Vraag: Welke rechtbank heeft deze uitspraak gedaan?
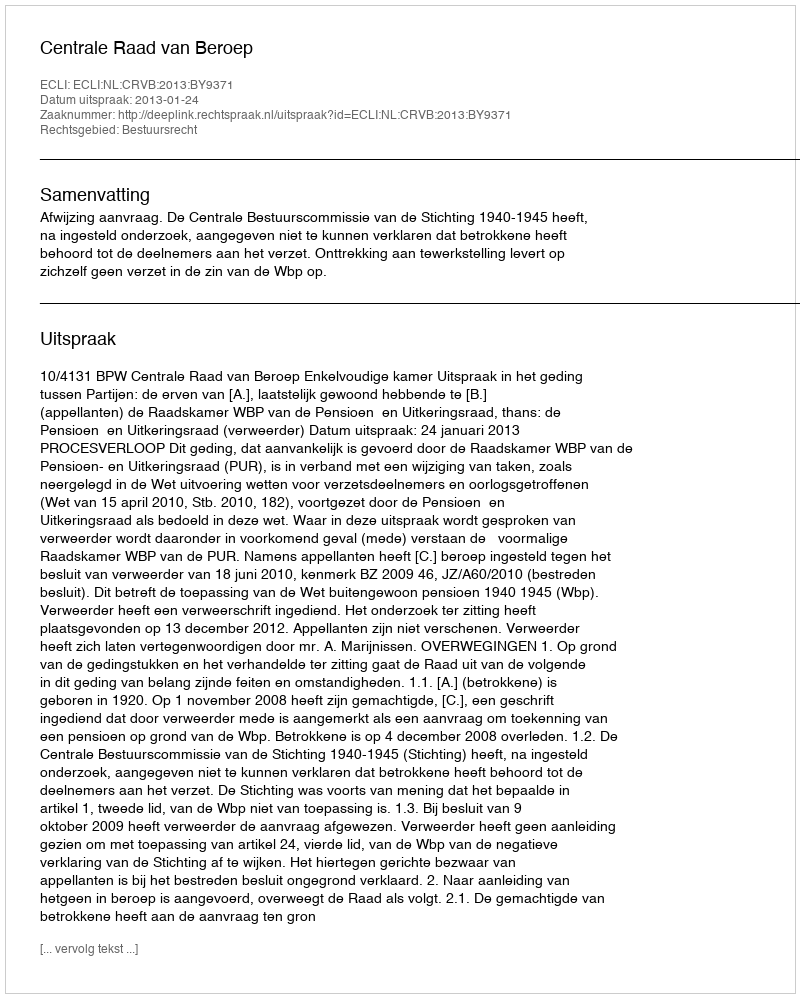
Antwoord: Centrale Raad van Beroep